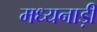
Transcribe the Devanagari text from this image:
मध्यनाड़ी